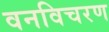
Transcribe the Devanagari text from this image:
वनविचरण